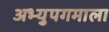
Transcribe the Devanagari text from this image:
अभ्युपगमाला